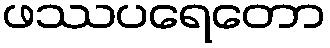
ဖဿပရေတော